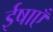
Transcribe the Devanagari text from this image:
ईषाएँ